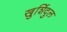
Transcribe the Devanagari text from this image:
खुर्शिदुल